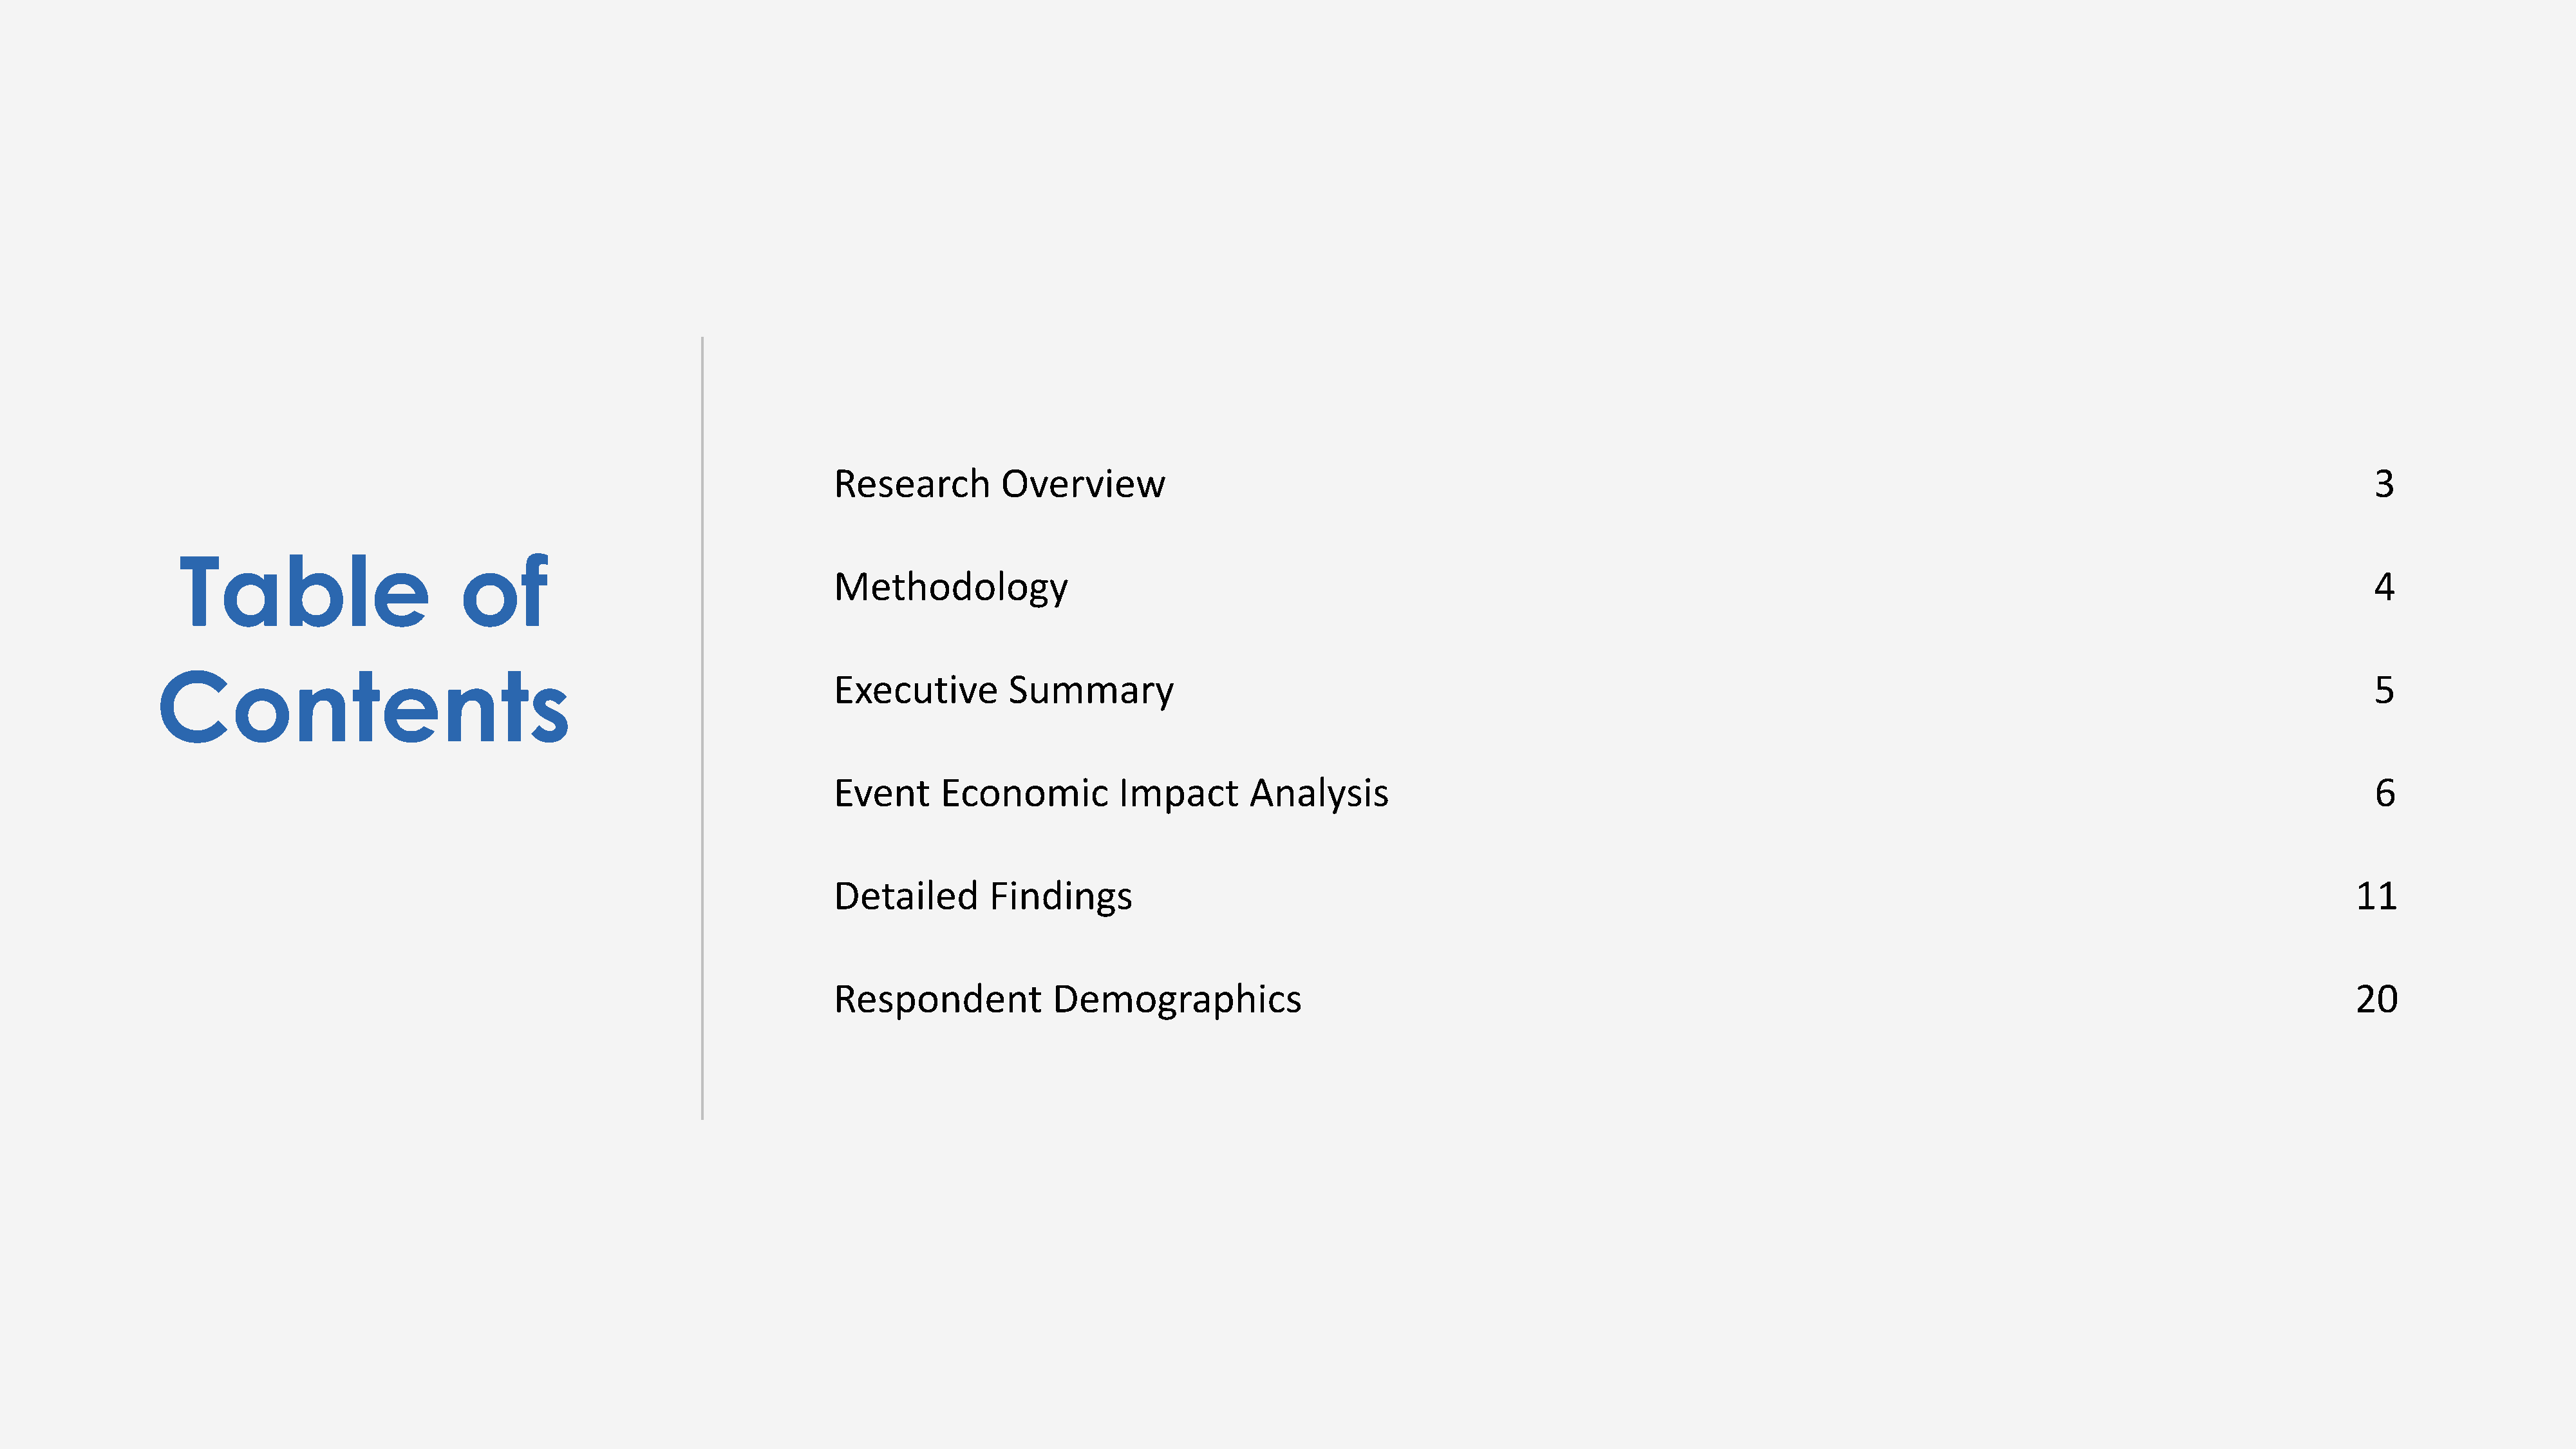
Research         Overview                                                                                                                                     3
 Table                        of
 Methodology                                                                                                                                                   4
 Contents
 Executive         Summary                                                                                                                                     5
 Event      Economic          Impact       Analysis                                                                                                            6
 Detailed        Findings                                                                                                                                    11
 Respondent            Demographics                                                                                                                          20